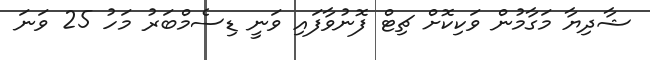
ޝާދިޔާ މަގާމުން ވަކިކޮށް ޗިޓް ފޮނުވާފައި ވަނީ ޑިސެމްބަރު މަހު 25 ވަނަ